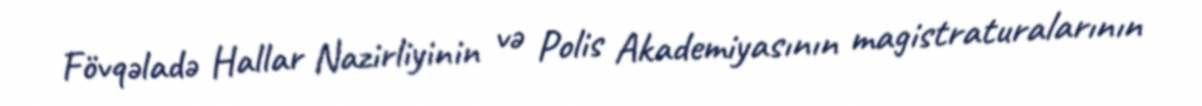
Fövqəladə Hallar Nazirliyinin və Polis Akademiyasının magistraturalarının